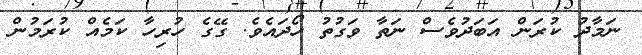
ނަމާދު ކުރަން އަބަދުވެސް ނަތާ ވަގުތު ހޯދައެވެ. ގޭގެ ހުރިހާ ކަމެއް ކުރަމުން